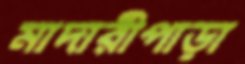
মাদারীপাড়া